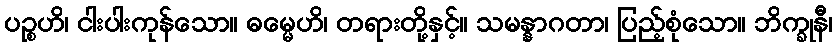
ပဉ္စဟိ၊ ငါးပါးကုန်သော။ ဓမ္မေဟိ၊ တရားတို့နှင့်။ သမန္နာဂတာ၊ ပြည့်စုံသော။ ဘိက္ခုနီ၊